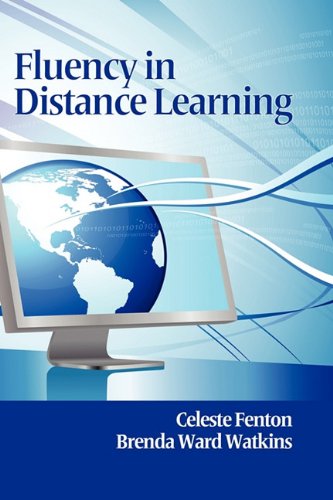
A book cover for Fluency in Distance Learning (Hc); Celeste Fenton; Computers & Technology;